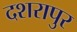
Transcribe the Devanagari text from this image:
दशरापुर